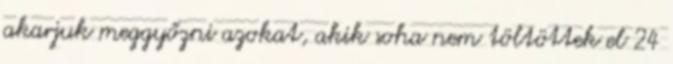
akarjuk meggyőzni azokat, akik soha nem töltöttek el 24